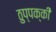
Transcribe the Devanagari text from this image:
ठुप्पक्की